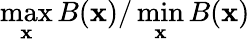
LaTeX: \operatorname*{max}_{\mathbf{x}}{B(\mathbf{x})}/\operatorname*{min}_{\mathbf{x}}{B(\mathbf{x})}